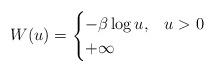
LaTeX: \begin{align*}W(u)=\begin{cases}- \beta\log u , & u > 0 \\+\infty & \end{cases}\end{align*}